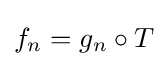
f_{n}=g_{n}\circ T